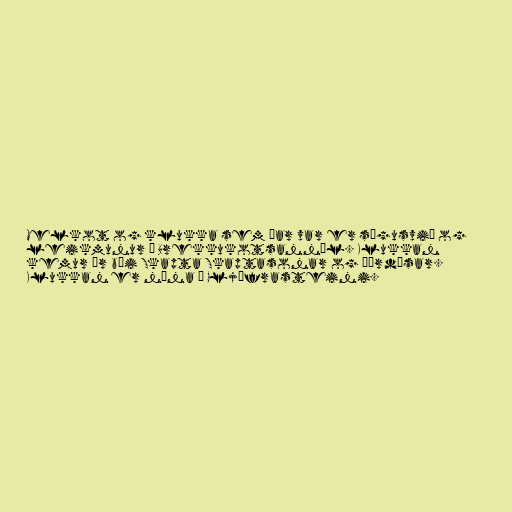
Melkot og klukka sem þar var er sögusvið og
leikmunur í Brekkukotsannál. Klukkan
kemur úr búi Skapta Skaptasonar og Þórdísar.
Klukkan er núna á Gljúfrasteini.